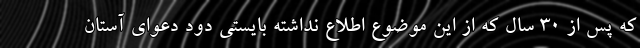
که پس از ۳۰ سال که از این موضوع اطلاع نداشته بایستی دود دعوای آستان